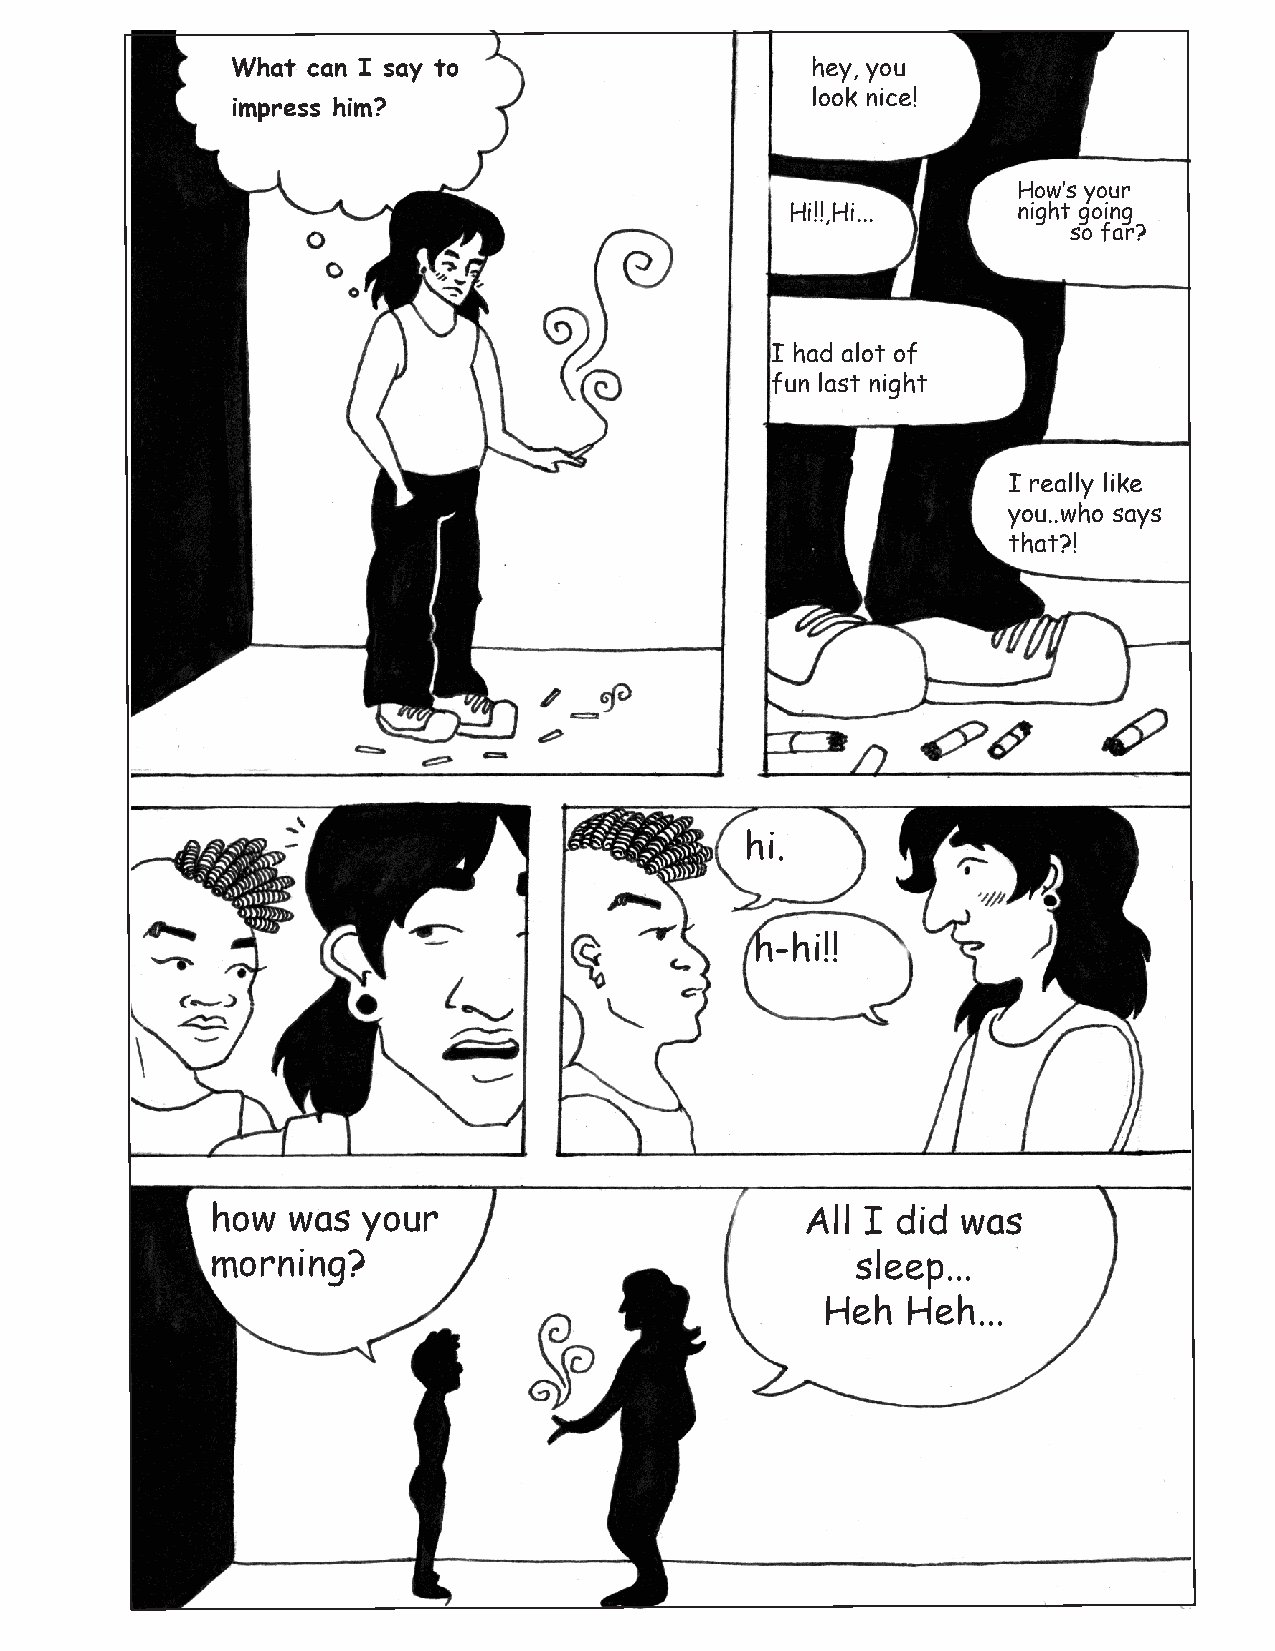
What can I say to                      hey, you
 look nice!
 impress him?
 How’s your
 Hi!!,Hi...     night going
 so far?
 I had alot of
 fun last night
 I really like
 you..who says
 that?!
 hi.
 h-hi!!
 how  was  your                         All I did  was
 morning?                                   sleep...
 Heh  Heh...